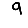
Digit: 9